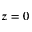
z = 0